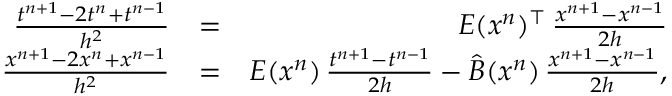
\begin{array} { r l r } { \frac { t ^ { n + 1 } - 2 t ^ { n } + t ^ { n - 1 } } { h ^ { 2 } } } & { = } & { E ( x ^ { n } ) ^ { \top } \, \frac { x ^ { n + 1 } - x ^ { n - 1 } } { 2 h } } \\ { \frac { x ^ { n + 1 } - 2 x ^ { n } + x ^ { n - 1 } } { h ^ { 2 } } } & { = } & { E ( x ^ { n } ) \, \frac { t ^ { n + 1 } - t ^ { n - 1 } } { 2 h } - \widehat B ( x ^ { n } ) \, \frac { x ^ { n + 1 } - x ^ { n - 1 } } { 2 h } , } \end{array}